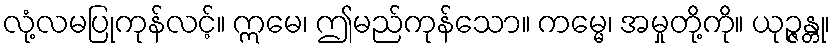
လုံ့လမပြုကုန်လင့်။ ဣမေ၊ ဤမည်ကုန်သော။ ကမ္မေ၊ အမှုတို့ကို။ ယုဉ္ဇန္တု၊